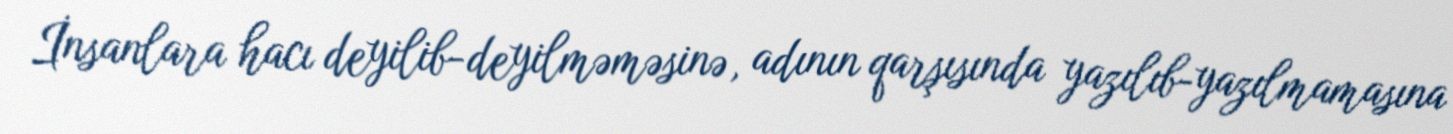
İnsanlara hacı deyilib-deyilməməsinə, adının qarşısında yazılıb-yazılmamasına